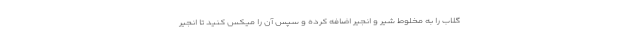
گلاب را به مخلوط شیر و انجیر اضافه کرده و سپس آن را میکس کنید تا انجیر